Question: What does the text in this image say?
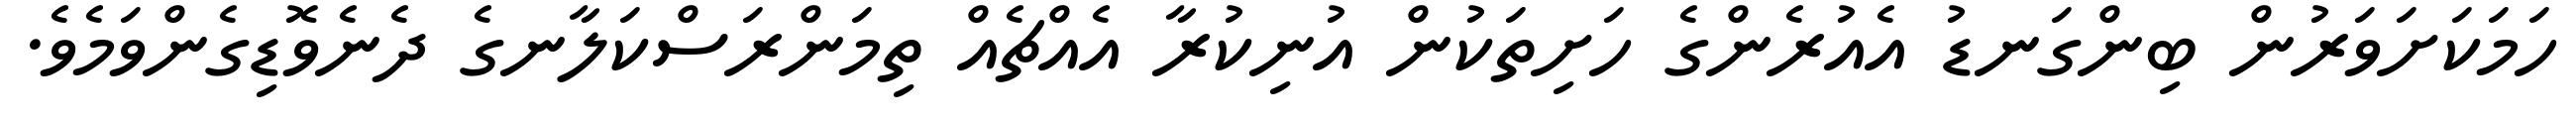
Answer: ހަމަކަށަވަރުން ބިންގަނޑު އެއުރެންގެ ހަށިތަކުން އުނިކުރާ އެއްޗެއް ތިމަންރަސްކަލާނގެ ދެނެވޮޑިގެންވަމެވެ.